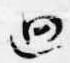
廻